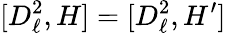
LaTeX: [D_{\ell}^{2},H]=[D_{\ell}^{2},H^{\prime}]